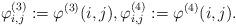
LaTeX: \begin{align*}\varphi^{(3)}_{i,j}:=\varphi^{(3)}(i,j),\varphi^{(4)}_{i,j}:=\varphi^{(4)}(i,j).\end{align*}